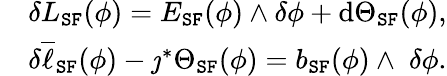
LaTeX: \begin{array}{rl}&{\delta L_{\mathtt{SF}}(\phi)=E_{\mathtt{SF}}(\phi)\wedge\delta\phi+\mathrm{d}\Theta_{\mathtt{SF}}(\phi),}\\ &{\delta\overline{{\ell}}_{\mathtt{SF}}(\phi)-\jmath^{*}\Theta_{\mathtt{SF}}(\phi)=b_{\mathtt{SF}}(\phi)\wedge\; \delta\phi.}\end{array}